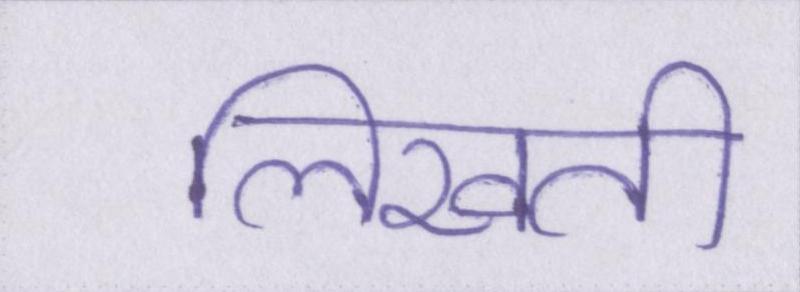
लिखती